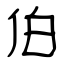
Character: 伯